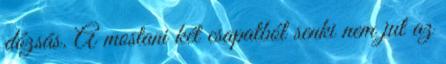
dózsás. A mostani két csapatból senki nem jut az